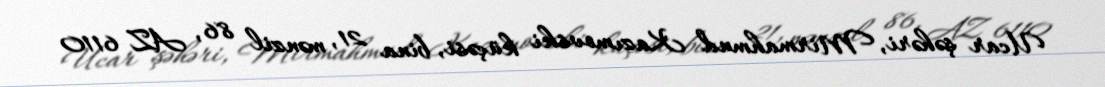
Ucar şəhəri, Mirmahmud Kazımovski küçəsi, bina 21, mənzil 86, AZ 6110